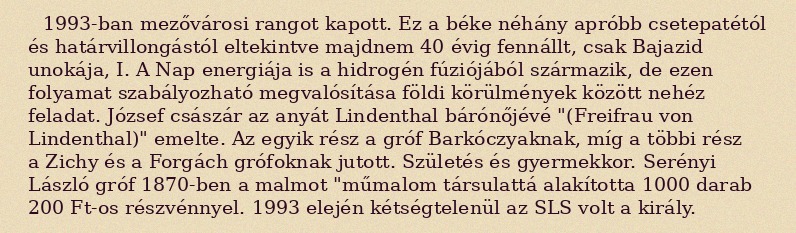
1993-ban mezővárosi rangot kapott. Ez a béke néhány apróbb csetepatétól és határvillongástól eltekintve majdnem 40 évig fennállt, csak Bajazid unokája, I. A Nap energiája is a hidrogén fúziójából származik, de ezen folyamat szabályozható megvalósítása földi körülmények között nehéz feladat. József császár az anyát Lindenthal bárónőjévé "(Freifrau von Lindenthal)" emelte. Az egyik rész a gróf Barkóczyaknak, míg a többi rész a Zichy és a Forgách grófoknak jutott. Születés és gyermekkor. Serényi László gróf 1870-ben a malmot "műmalom társulattá alakította 1000 darab 200 Ft-os részvénnyel. 1993 elején kétségtelenül az SLS volt a király.